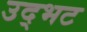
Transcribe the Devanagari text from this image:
उद्‌भट